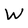
Character: W